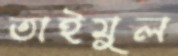
তাইমুল